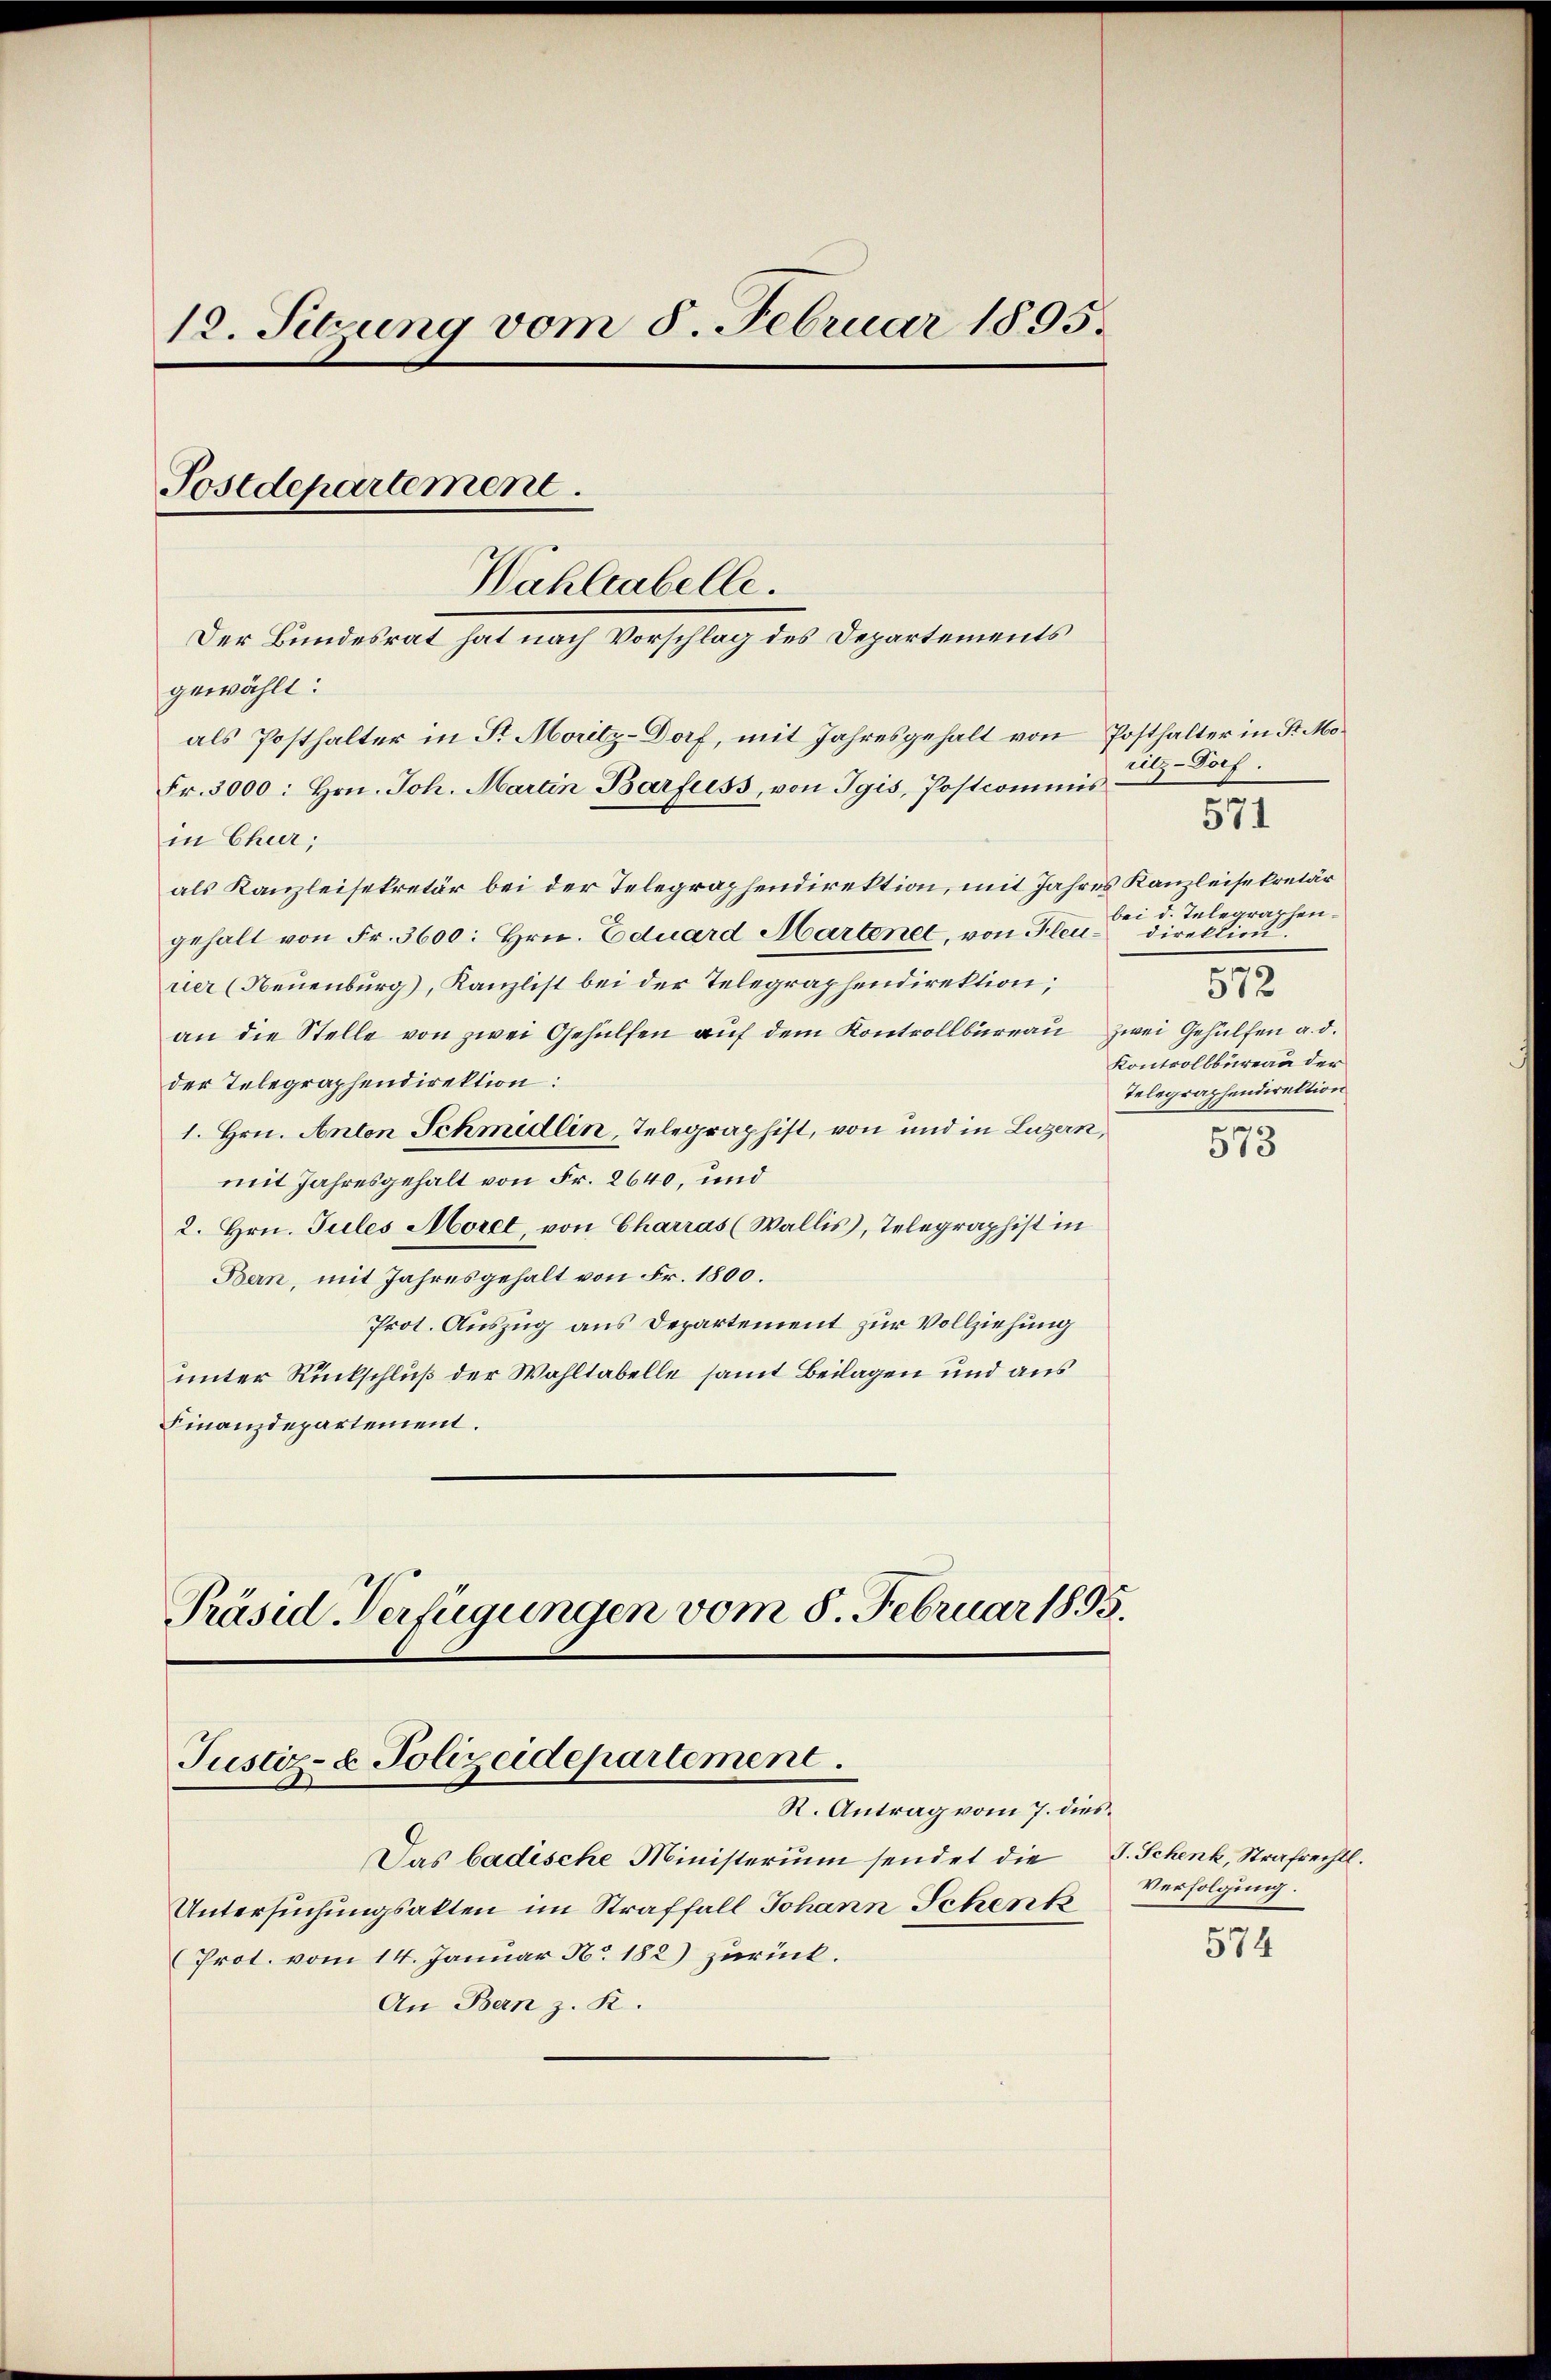
12. Sitzung vom 8. Februar 1895.
Sostdepartement.
Wahleabelle.
Der Bundesrat hat nach Vorschlag des Departements

gewählt:
als Posthalter in St. Moritz-Dorf, mit Jahresgehalt von Posthalter in Fr. Mo¬
Fr. 3000: hrn. Joh. Martin Barfuss, von Tgis, Postcommis
in Chur;
als Kanzleisekretär bei der Telegraphendirektion, mit Jahres Kanzleisekretär
gehalt von Fr. 3600: Hrn. Eduard Martenet, von Fleu-direktion.
rier (Neuenburg), Kanzlist bei der Telegraphendirektion,
an die Stelle von zwei Gehülfen auf dem Kontrollbüreau zwei Gehülfen a. d.
der Telegraphendirektion:
1. Hrn. Anton Schmidlin, Telegraphist, von und in Luzern,
mit Jahresgehalt von Fr. 2640, und
2. Hrn. Jules Morel, von Charras (Wallis, Telegraphist in
Bern, mit Jahresgehalt von Fr. 1800.
Prot. Auszug aus Departement zur Vollziehung
unter Rückschluß der Wahltabelle samt Beilagen und aus
Finanzdepartement.

Präsid. Verfügungen vom 8. Februar 1895.
Justiz- & Polizeidepartement.
R. Antrag vom 7. dies

Das badische Ministerium sendet die S. Schenk, Strafrechtl.
Untersuchungsakten im Straffall Johann Schenk
Prot. vom 14. Januar No. 182) zurück.
An Bern z. R.

ritz-Dorf.
bei d. Telegraphen¬
572
Kontrollbüreau der
Telegraphendirektion
215

571

15

Verfolgung.

574